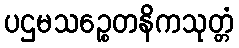
ပဌမသဉ္စေတနိကသုတ္တံ